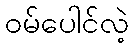
ဝမ်ပေါင်လဲ့